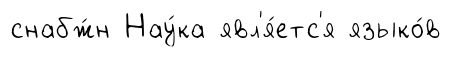
снабж́н Нау́ка явл'я́етс'я языко́в